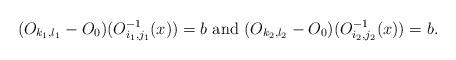
LaTeX: \begin{align*}(O_{k_1,l_1}-O_0)(O_{i_1,j_1}^{-1}(x))=b \mbox{ and }(O_{k_2,l_2}-O_0)(O_{i_2,j_2}^{-1}(x))=b \mbox{.}\end{align*}